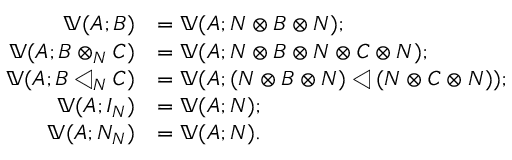
\begin{array} { r l } { 𝓝 𝕍 ( A ; B ) } & { = 𝕍 ( A ; N ⊗ B ⊗ N ) ; } \\ { 𝓝 𝕍 ( A ; B ⊗ _ { N } C ) } & { = 𝕍 ( A ; N ⊗ B ⊗ N ⊗ C ⊗ N ) ; } \\ { 𝓝 𝕍 ( A ; B ◁ _ { N } C ) } & { = 𝕍 ( A ; ( N ⊗ B ⊗ N ) ◁ ( N ⊗ C ⊗ N ) ) ; } \\ { 𝓝 𝕍 ( A ; I _ { N } ) } & { = 𝕍 ( A ; N ) ; } \\ { 𝓝 𝕍 ( A ; N _ { N } ) } & { = 𝕍 ( A ; N ) . } \end{array}